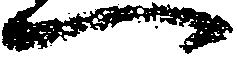
一